Lunatic asylums Burma 1907-21 - 1907-1921
Year: 1907
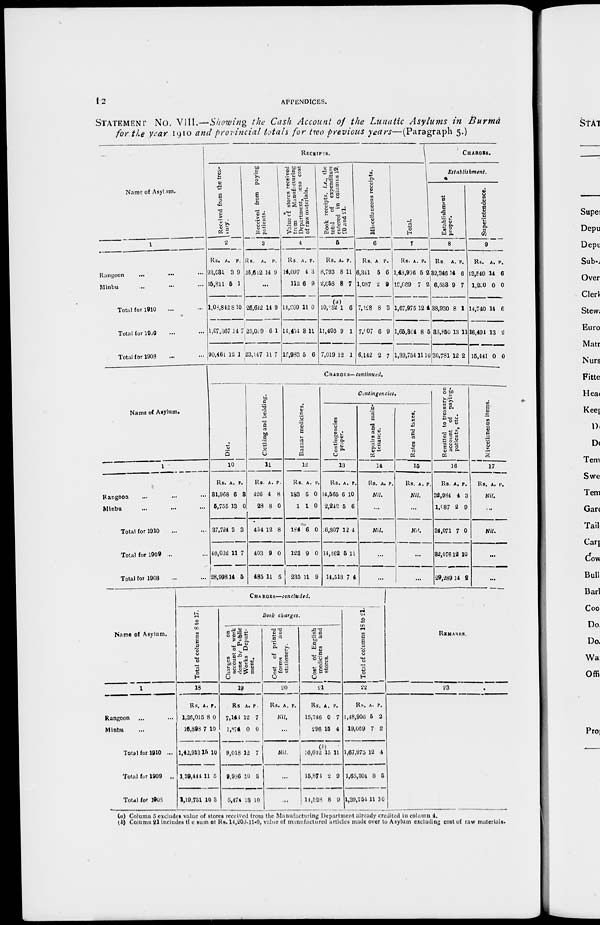
12
APPENDICES.
STATEMENT No. VIII.—Showing the Cash Account of the Lunatic Asylums in Burma
for the year 1910 and provincial totals for two previous years—(Paragraph 5.)
Name of Asylum.
1
Rangoon
...
...
Minbu ... ... ...
Total for 1910 ... ...
Total for 1909 ... ...
Total for 1903
RECEIPTS.
Received from the trea-
sury.
2
Rs.
93,031
15,811
1,08,842
1,07,367
90,46l
A.
3
5
8
14
12
P.
9
1
10
7
1
Received from paying
patients.
3
Rs.
26,2612
A.
14
P.
9
...
26,612
25,059
23,147
14
6
11
9
1
7
Value of stores received
from
Manufacturing
Department, less cost
of raw materials.
4
Rs.
14,097
112
14,209
14,454
12 ,983
A.
4
6
11
3
5
P.
3
9
0
11
6
Book receipts, i.e., the
total
of expenditure
entered in columns 19,
20 and 21.
5
Rs.
8,793
2,058
(a)
10,852
11,405
7,019
A
8
8
1
9
12
P.
11
7
6
1
1
Miscellaneous receipts.
6
Rs.
6,341
1,087
7,128
7,007
6,142
A.
5
2
8
6
2
P.
6
9
3
9
7
CHARGES.
Total.
7
Rs.
1,48,906
19,069
1,67,975
1,65,304
1,39,754
A.
5
7
12
8
11
P.
2
2
4
5
10
Establishmnet.
Establishment
proper.
8
Rs.
32,346
6,583
38,930
35,850
30,781
A.
14
9
8
13
12
P.
6
7
1
11
2
Superintendence.
9
Rs.
13,540
1,200
14,740
16,494
15,441
A.
14
0
14
13
0
P.
6
0
6
2
0
Name of Asylum.
1
Rangoon ... ...
Minbu ...
Total for 1910 ...
Total for 1909
..
Total for 1908
CHARGES—concluded.
Total of columns 8 to 17.
18
Rs.
1,26,015
16,898
1,42,913
1,39,444
1,19,751
A.
8
7
15
11
10
P.
0
10
10
5
3
Book charges.
Charges on
account of work
done by Public
Works Depart-
ment.
19
Rs.
7,144
1,874
9,018
9,986
5,474
A.
12
0
12
10
13
P.
7
0
7
3
10
Cost of printed
forms
and
stationery.
20
Rs. A. P.
Nil.
...
Nil.
...
...
Cost of English
medicines and
stores.
21
Rs.
15,746
296
(b)
16,012
15,873
14,528
A.
0
15
15
2
8
P.
7
4
11
9
9
Total of columns 18 to 21.
22
Rs.
1,48,906
19,069
1,67,975
1,65,304
1,39,754
A.
5
7
12
3
11
P.
2
2
4
5
10
REMARKS.
23
Name of Asylum.
1
Rangoon ... ... ...
Minbu ... ... ...
Total for 1910 ... ...
Total for 1909 ... ...
Total for 1908 ... ...
CHARGES— continued.
Diet.
10
Rs.
31,968
5,755
37,724
40,032
28,998
A.
6
13
3
11
14
p.
8
0
3
7
5
Clothing and bedding.
11
Rs.
426
28
454
403
485
A.
4
8
12
9
11
p.
8
0
8
0
5
Bazaar medicines.
12
Rs.
183
1
184
123
235
A.
5
1
6
9
11
p.
0
0
0
0
9
Contingencies.
Contingencies
proper.
13
Rs.
14,565
2,242
6,807
14,462
14,518
A
6
5
12
5
3
. p.
10
6
4
11
7 4
Repairs and main-
tenance.
14
Rs. A. P.
Nil.
...
Nil.
...
...
Rates and taxes.
15
Rs. A. P.
Nil.
...
Nil.
...
...
Remitted to treasury on
account of paying-
patients, etc.
16
Rs.
32,984
1,087
34,071
32,076
29,289
A.
4
2
7
12
14
P.
3
9
0
10
2
Miscellaneous items.
17
Rs. A. P.
Nil.
...
Nil.
...
...
(a) Column 5 excludes value of stores received from the Manufacturing Department already credited in column 4.
(b) Column 21 includes the sum ot Rs. 14,200-11-0, value of manufactured articles made over to Asylum excluding cost of raw materials.